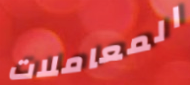
المعاملات